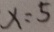
x = 5